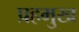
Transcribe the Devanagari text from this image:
प्रहमुख